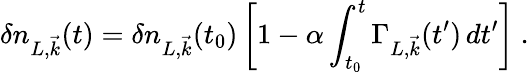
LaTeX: \delta n_{L,{\vec{k}}}(t)=\delta n_{L,{\vec{k}}}(t_{0})\left[1-\alpha\int_{t_{0}}^{t}\Gamma_{L,{\vec{k}}}(t^{\prime})\, dt^{\prime}\right]~.